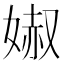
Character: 𡞽